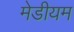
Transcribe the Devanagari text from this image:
मेडीयम